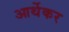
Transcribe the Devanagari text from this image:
आर्थेकर